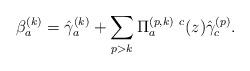
LaTeX: \begin{align*}\beta_a^{(k)} = \hat{\gamma}_a^{(k)} + \sum_{p>k} \Pi^{(p,k)~c}_a(z) \hat{\gamma}_c^{(p)}.\end{align*}